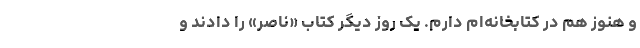
و هنوز هم در کتابخانه‌ام دارم. یک روز دیگر کتاب «ناصر» را دادند و